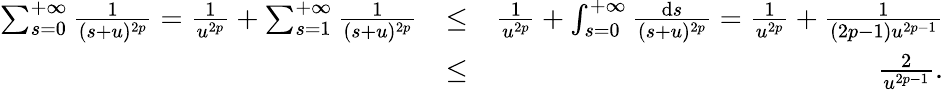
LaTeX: \begin{array}{rlr}{\sum_{s=0}^{+\infty}\frac{1}{(s+u)^{2p}}=\frac{1}{u^{2p}}+\sum_{s=1}^{+\infty}\frac{1}{(s+u)^{2p}}}&{\leq}&{\frac{1}{u^{2p}}+\int_{s=0}^{+\infty}\frac{\mathrm{d}s}{(s+u)^{2p}}=\frac{1}{u^{2p}}+\frac{1}{(2p-1)u^{2p-1}}}\\ &{\leq}&{\frac{2}{u^{2p-1}}.}\end{array}